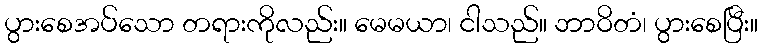
ပွားစေအပ်သော တရားကိုလည်း။ မေမယာ၊ ငါသည်။ ဘာဝိတံ၊ ပွားစေပြီး။